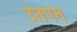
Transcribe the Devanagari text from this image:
उतपन